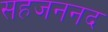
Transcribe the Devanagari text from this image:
सहजननद